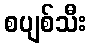
စပျစ်သီး